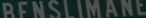
BENS-LMANS